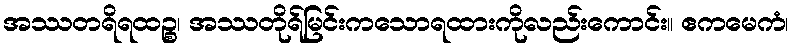
အဿတရိရထဉ္စ၊ အဿတိုရ်မြင်းကသောရထားကိုလည်းကောင်း။ ဧကမေကံ၊